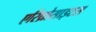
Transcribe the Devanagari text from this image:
एरिथ्रोसाइटस